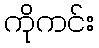
ကိုကင်း